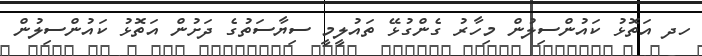
ހދ އަތޮޅު ކައުންސިލުން މިހާރު ގެންގުޅޭ ތައުލީމީ ސިޔާސަތުގެ ދަށުން އަތޮޅު ކައުންސިލުން